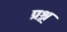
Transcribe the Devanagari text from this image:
प्रश्न्